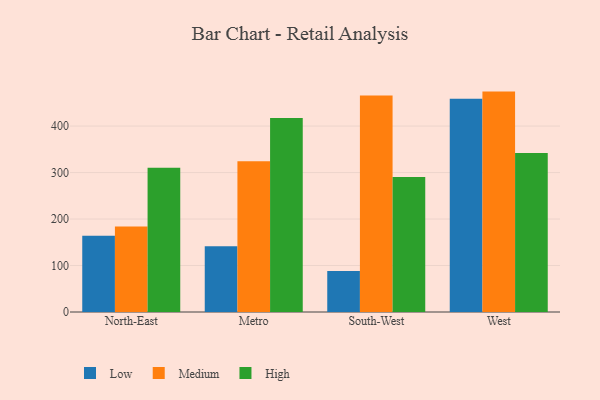
{"axis": {"x": "Region", "y": "Demand Index"}, "legend": ["High", "Low", "Medium"], "data": [{"x": "North-East", "y": 163.8, "type": "Low"}, {"x": "North-East", "y": 184.0, "type": "Medium"}, {"x": "North-East", "y": 310.1, "type": "High"}, {"x": "Metro", "y": 141.4, "type": "Low"}, {"x": "Metro", "y": 324.5, "type": "Medium"}, {"x": "Metro", "y": 417.5, "type": "High"}, {"x": "South-West", "y": 88.2, "type": "Low"}, {"x": "South-West", "y": 466.0, "type": "Medium"}, {"x": "South-West", "y": 290.7, "type": "High"}, {"x": "West", "y": 458.9, "type": "Low"}, {"x": "West", "y": 474.2, "type": "Medium"}, {"x": "West", "y": 342.2, "type": "High"}]}